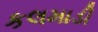
કલમાડી